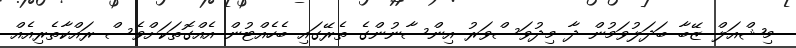
މިޝްއަލް ޒޭބާ ބަދަލުވަމުން ދާ މިދުވަސްވަރު އިންސާނުންގެ ތެރޭގައި ބެހެއްޓުން އެއްގޮތަކަށްވެސް ރައްކާތެރިއެއް